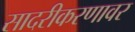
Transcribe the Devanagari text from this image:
सादरीकरणावर